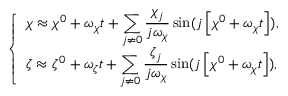
\begin{array} { r } { \left\{ \begin{array} { l } { \displaystyle \chi \approx \chi ^ { 0 } + \omega _ { \chi } t + \sum _ { j \ne 0 } \frac { \chi _ { j } } { j \omega _ { \chi } } \sin ( j \left[ \chi ^ { 0 } + \omega _ { \chi } t \right] ) , } \\ { \displaystyle \zeta \approx \zeta ^ { 0 } + \omega _ { \zeta } t + \sum _ { j \ne 0 } \frac { \zeta _ { j } } { j \omega _ { \chi } } \sin ( j \left[ \chi ^ { 0 } + \omega _ { \chi } t \right] ) , } \end{array} \right. } \end{array}